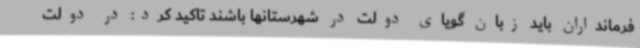
فرمانداران باید زبان گویای دولت در شهرستانها باشند تاکید کرد: در دولت